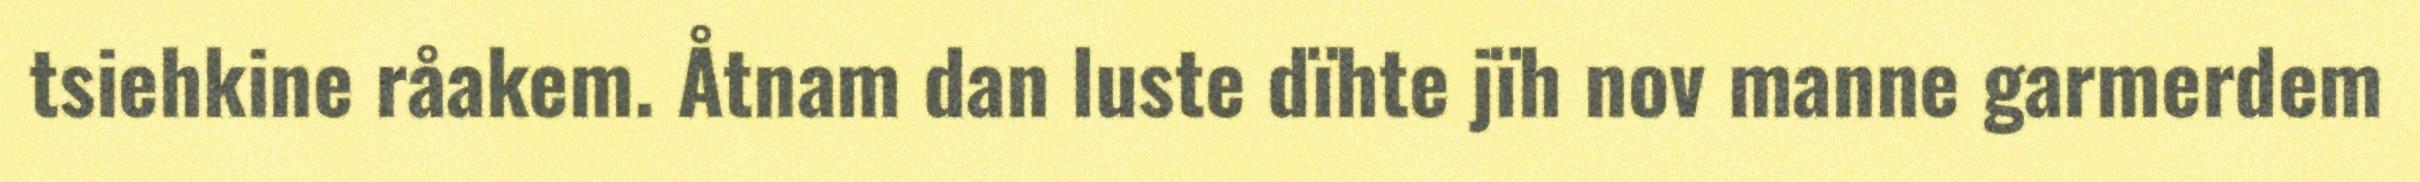
tsiehkine råakem. Åtnam dan luste dïhte jïh nov manne garmerdem